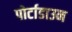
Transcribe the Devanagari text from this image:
पोर्टाडाउन